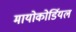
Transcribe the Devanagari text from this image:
मायोकोर्डियल